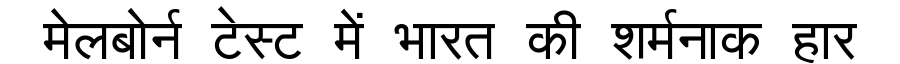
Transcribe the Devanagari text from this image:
मेलबोर्न टेस्ट में भारत की शर्मनाक हार